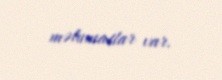
məlumatlar var.